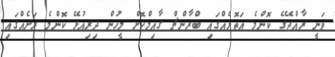
ވަނީ ރާއްޖޭގެ ކޮންމެ އަތޮޅެއްގައި ބްރާންޗް ގާއިމްކޮށް މީހުން ދިރިއުޅޭ ކޮންމެ ރަށެއްގައި